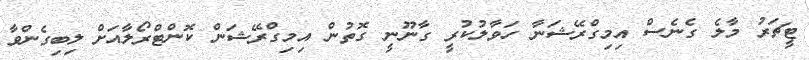
ޓީޗަރު މާލެ ގެނެސް އިމިގްރޭޝަނާ ހަވާލުކުރީ ގާނޫނީ ގޮތުން އިމިގްރޭޝަން ކޮންޓްރޯލާއަށް ލިބިގެންވާ